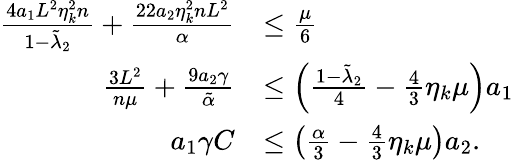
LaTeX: \begin{array}{rl}{\frac{4a_{1}L^{2}\eta_{k}^{2}n}{1-\tilde{\lambda}_{2}}+\frac{22a_{2}\eta_{k}^{2}nL^{2}}{\alpha}}&{\leq\frac{\mu}{6}}\\ {\frac{3L^{2}}{n\mu}+\frac{9a_{2}\gamma}{\tilde{\alpha}}}&{\leq\left(\frac{1-\tilde{\lambda}_{2}}{4}-\frac{4}{3}\eta_{k}\mu\right)a_{1}}\\ {a_{1}\gamma C}&{\leq\left(\frac{\alpha}{3}-\frac{4}{3}\eta_{k}\mu\right)a_{2}.}\end{array}